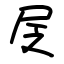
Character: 㞏